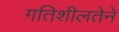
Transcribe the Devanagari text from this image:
गतिशीलतेने